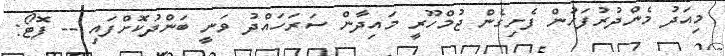
މިއަދު މެންދުރުފަހުން ފެށިގެން ޖުމްހޫރީ މައިދާން ސަރަހައްދު ވަނީ ބަންދުކޮށްފައި -- ފޮޓޯ: